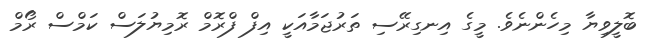
ބޮލީވިޔާ މިހެންނެވެ. މީގެ އިނގިރޭސި ތަރުޖަމާއަކީ އިފް ފްރޮމް ރޮމިޔުލަސް ކަމްސް ރޯމް